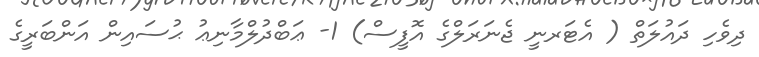
ދިވެހި ދައުލަތް ( އެޓަރނީ ޖެނަރަލްގެ އޮފީސް) 1- ޢަބްދުލްމާނިޢު ޙުސައިން އަންބަރީގެ